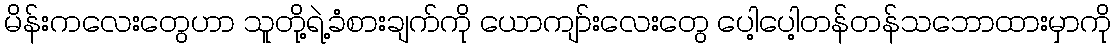
မိန်းကလေးတွေဟာ သူတို့ရဲ့ခံစားချက်ကို ယောကျာ်းလေးတွေ ပေါ့ပေါ့တန်တန်သဘောထားမှာကို